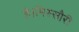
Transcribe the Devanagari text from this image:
है।मिस्सौरी